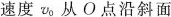
速度v_{0}从O点沿斜面